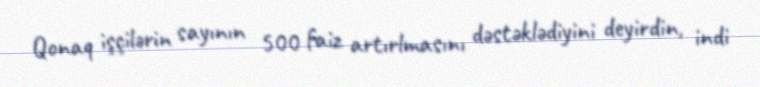
Qonaq işçilərin sayının 500 faiz artırlmasını dəstəklədiyini deyirdin, indi